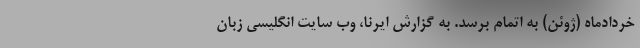
خردادماه (ژوئن) به اتمام برسد. به گزارش ایرنا، وب سایت انگلیسی زبان